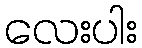
လေးပါး